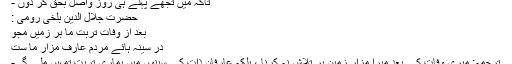
تاکہ میں تجھے پہلے ہی روز واصل بحق کر دوں -
حضرت جلال الدین بلخی رومی :
بعد از وفات تُربتِ ما بر زمیں مجو
در سینہ ہائے مردُم عارِف مَزارِ ما ست
ترجمہ: میری وفات کے بعد میرا مزار زمین پر تلاش نہ کرنا ، بلکہ عارفانِ ذات کے سینوں میں ہماری تربت تمہیں ملے گی-